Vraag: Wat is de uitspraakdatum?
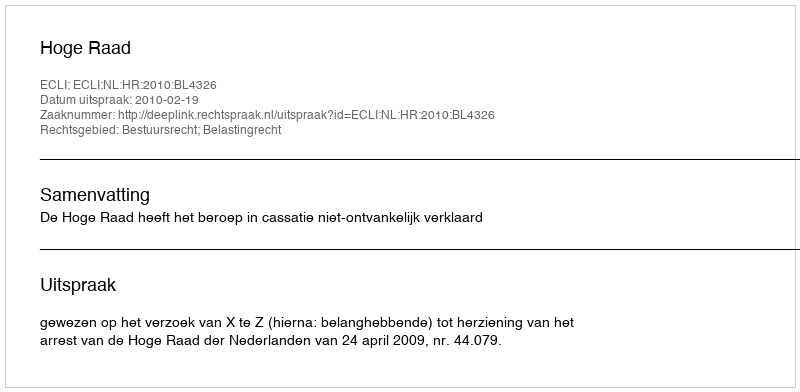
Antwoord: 2010-02-19